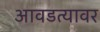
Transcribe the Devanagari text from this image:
आवडत्यावर